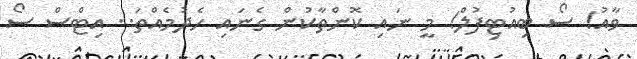
ވާއު! ސޯ ބިއުޓިފުލް! މީ ނައި ކޮންތާކުން ގެނައި ހެދުމެއްތަ.. އިޓްސް ސޯ